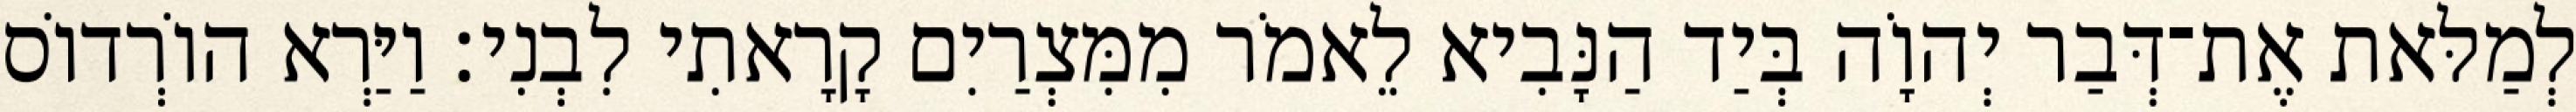
לְמַלּאת אֶת־דְּבַר יְהוָֹה בְּיַד הַנָּבִיא לֵאמֹר מִמִּצְרַיִם קָרָאתִי לִבְנִי׃ וַיַּרְא הוֹרְדוֹס